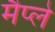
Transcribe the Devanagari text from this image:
मैप्ले